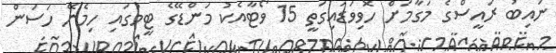
ނައިބު ރައީސްގެ މަގާމަށް ހޮވިވަޑައިގަތީ 15 ވޯޓާއެކު މަންޑޭގެ ޓީމުގައި ހިމެނޭ ހަސަން